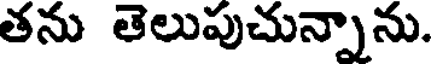
తను తెలుపుచున్నాను.